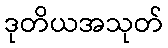
ဒုတိယအသုတ်